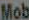
Mob